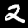
Label: 2